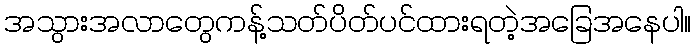
အသွားအလာတွေကန့်သတ်ပိတ်ပင်ထားရတဲ့အခြေအနေပါ။